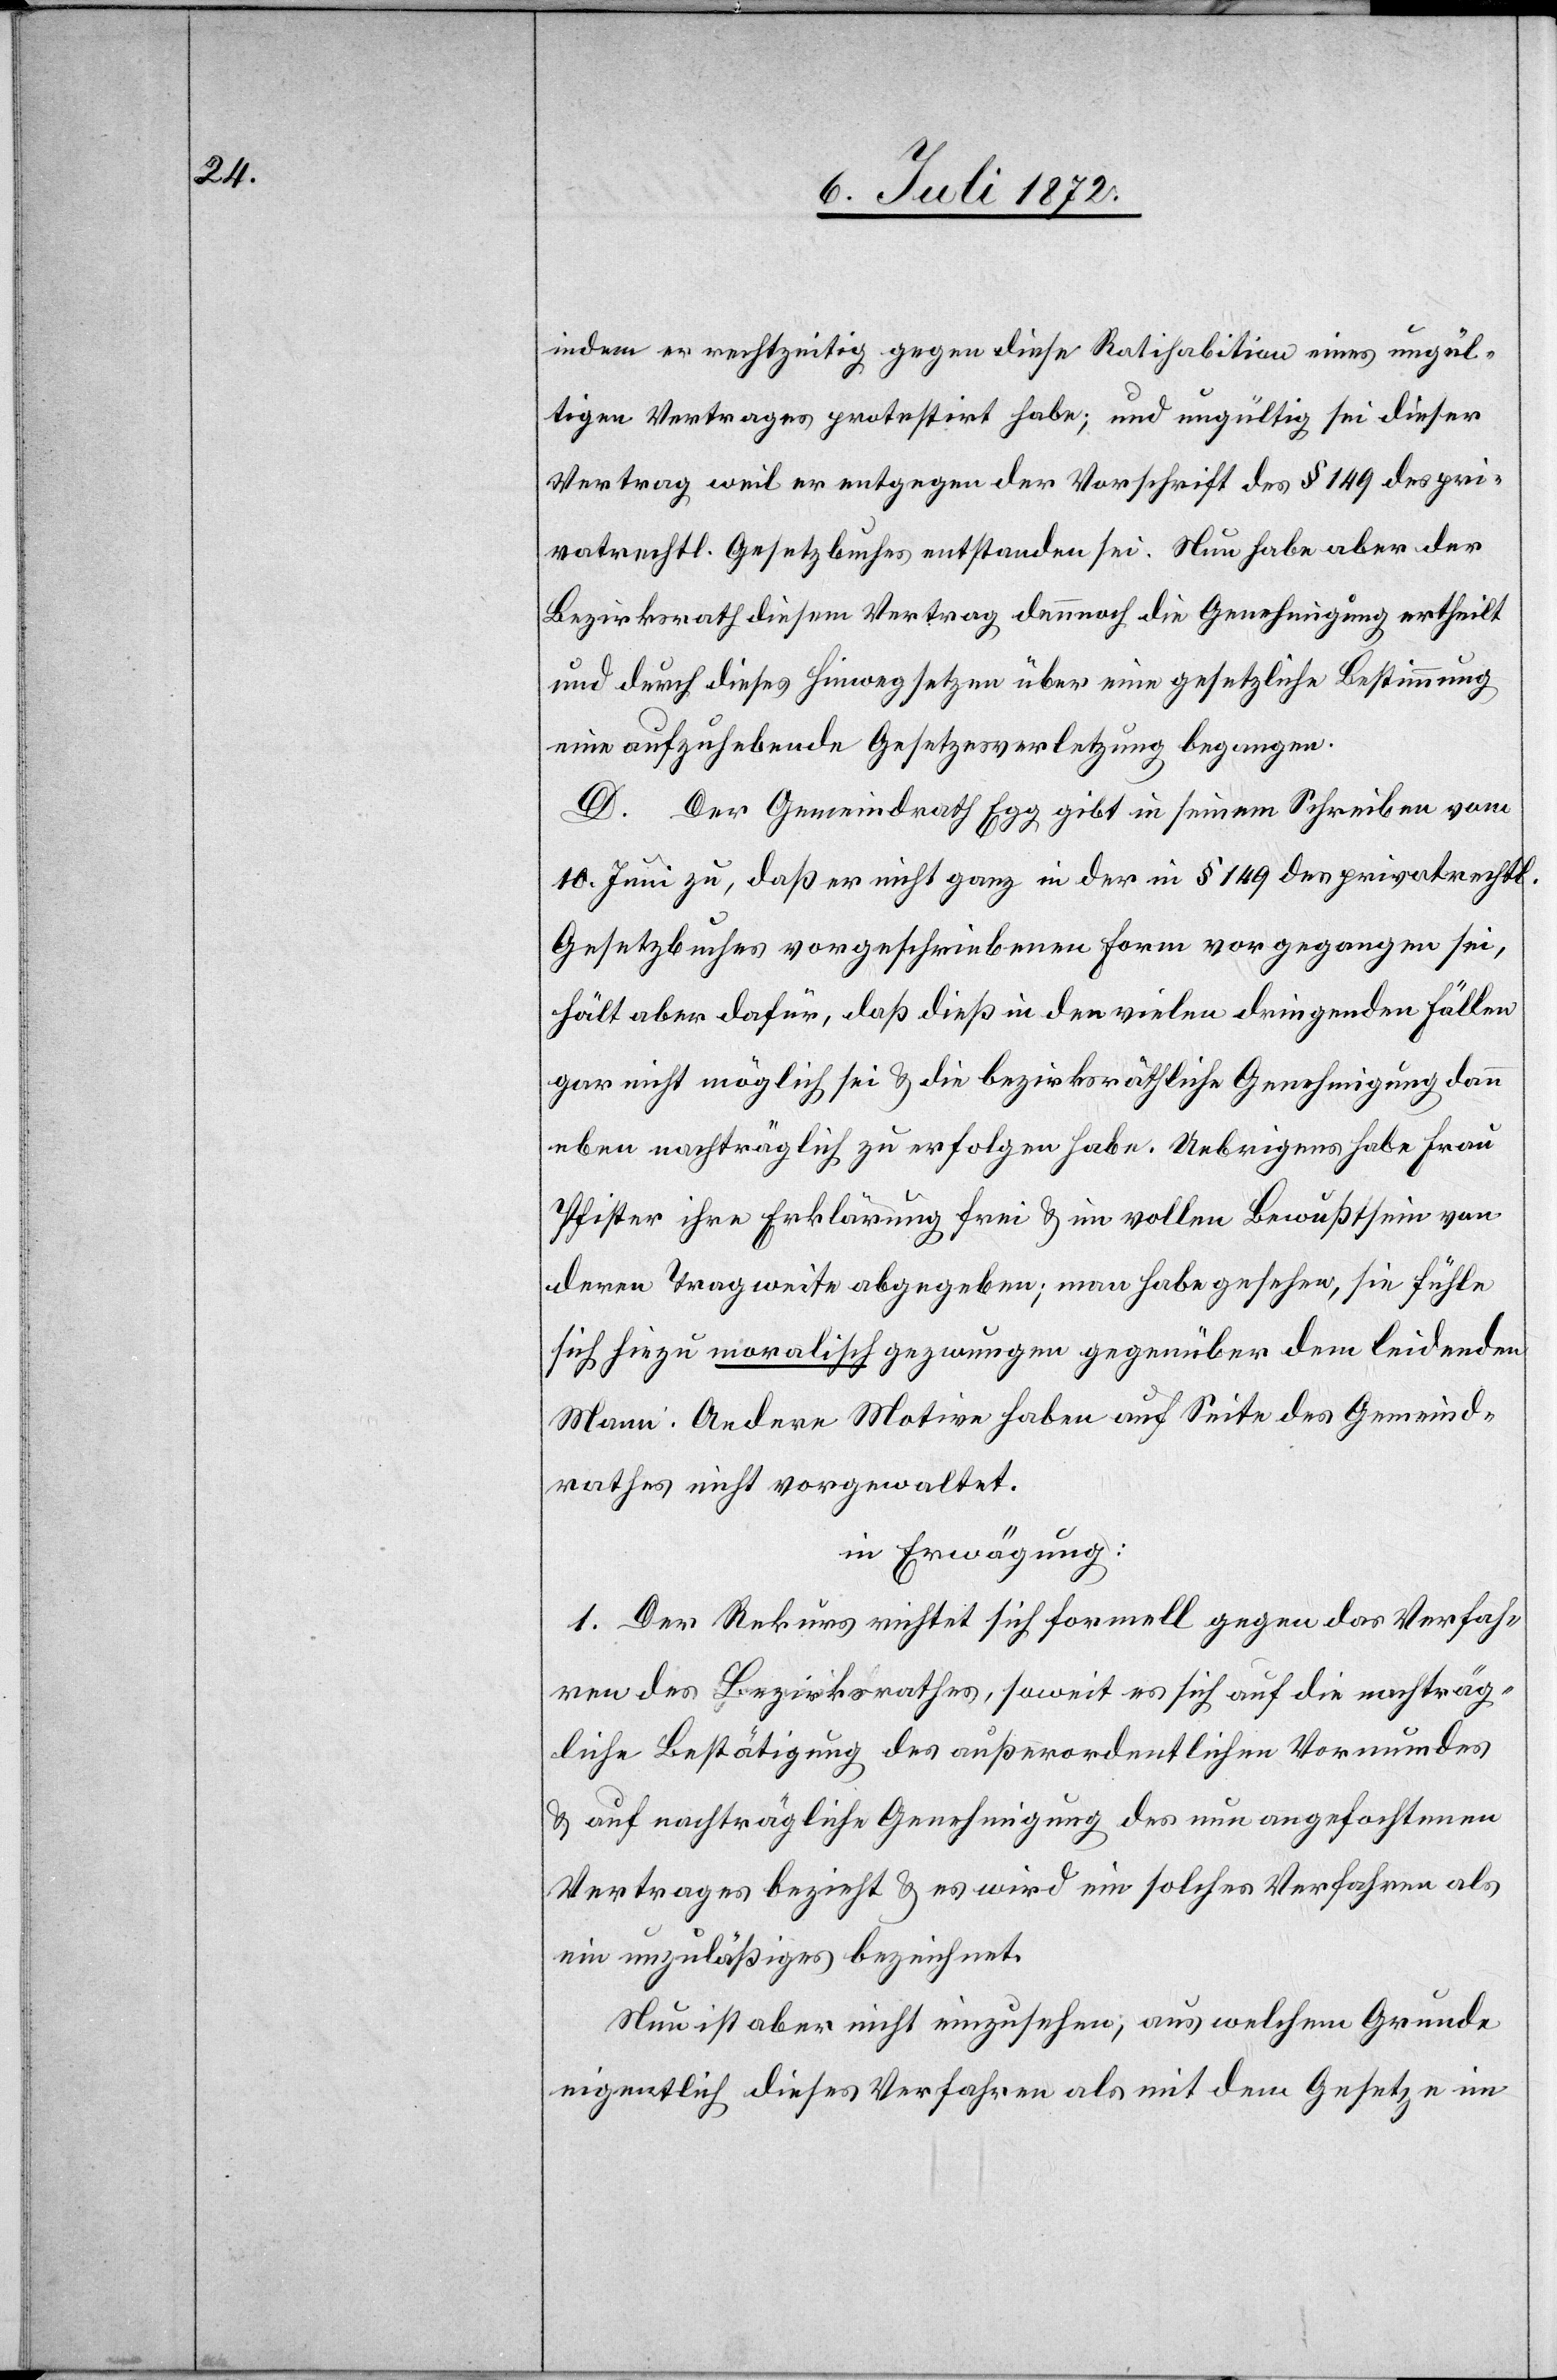
indem er rechtzeitig gegen diese Ratihabition eines ungül¬
tigen Vertrages protestirt habe; und ungültig sei dieser
Vertrag weil er entgegen der Vorschrift des § 149 des pri¬
vatrechtl. Gesetzbuches entstanden sei. Nun habe aber der
Bezirksrath diesem Vertrag dennoch die Genehmigung ertheilt
und durch dieses Hinwegsetzen über eine gesetzliche Bestimmung
eine aufzuhebende Gesetzesverletzung begangen.
D. Der Gemeindrath Egg gibt in seinem Schreiben vom
10. Juni zu, daß er nicht ganz in der in § 149 des privatrechtl.
Gesetzbuches vorgeschriebenen Form vorgegangen sei,
hält aber dafür, daß dieß in den vielen dringenden Fällen
gar nicht möglich sei u. die bezirksräthliche Genehmigung dann
eben nachträglich zu erfolgen habe. Uebrigens habe Frau
Pfister ihre Erklärung frei u. im vollen Bewußtsein von
deren Tragweite abgegeben; man habe gesehen, sie fühle
sich hiezu moralisch gezwungen gegenüber dem leidenden
Mann. Andere Motive haben auf Seite des Gemeind¬
rathes nicht vorgewaltet.
in Erwägung:
1. Der Rekurs richtet sich formell gegen das Verfah¬
ren des Bezirksrathes, soweit es sich auf die nachträg¬
liche Bestätigung des außerordentlichen Vormundes
u. auf nachträgliche Genehmigung des nun angefochtenen
Vertrages bezieht u. es wird ein solches Verfahren als
ein unzuläßiges bezeichnet.
Nun ist aber nicht einzusehen, aus welchem Grunde
eigentlich dieses Verfahren als mit dem Gesetze im